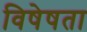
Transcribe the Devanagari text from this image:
विषेषता